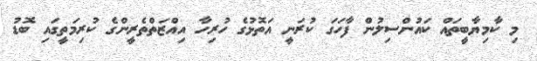
މި ކާމިޔާބީތައް ކައުންސިލުން ފާހަގަ ކުރަނީ އަތޮޅުގެ ހުރިހާ އިއްޒަތްތެރީންގެ ކުރިމަތީގައި ބޮޑު